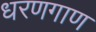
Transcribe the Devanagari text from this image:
धरणगाण